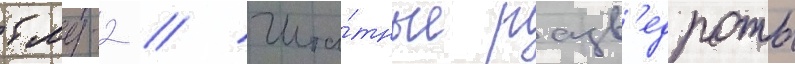
бмд-2 // Шта́тные разв'едроты